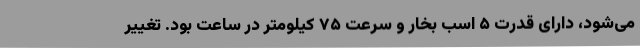
می‌شود، دارای قدرت ۵ اسب بخار و سرعت ۷۵ کیلومتر در ساعت بود. تغییر